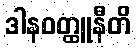
ဒါနဝတ္ထူနီတိ